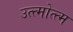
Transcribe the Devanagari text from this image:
उत्त्मोत्त्म